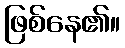
ဖြစ်နေ၏။